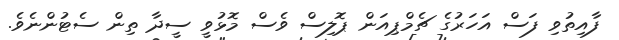
ފާއިތުވި ފަސް އަހަރުގެ ޗެމްޕިއަން ޕޮލިސް ވެސް މޮޅުވީ ސީދާ ތިން ސެޓުންނެވެ.